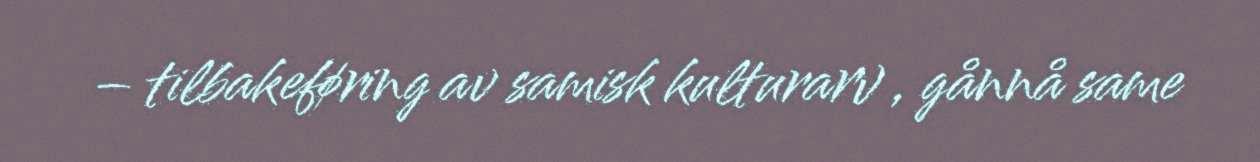
– tilbakeføring av samisk kulturarv , gånnå same